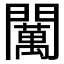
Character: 𨷈